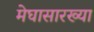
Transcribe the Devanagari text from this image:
मेघासारख्या